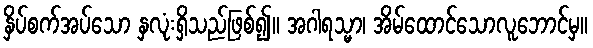
နှိပ်စက်အပ်သော နှလုံးရှိသည်ဖြစ်၍။ အဂါရသ္မာ၊ အိမ်ထောင်သောလူဘောင်မှ။